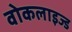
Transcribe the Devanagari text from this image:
वोकलाइज्ड